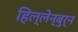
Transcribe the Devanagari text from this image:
हिल्लेन्बुर्न